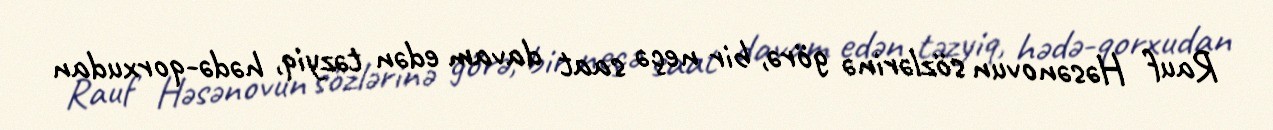
Rauf Həsənovun sözlərinə görə, bir neçə saat davam edən təzyiq, hədə-qorxudan